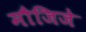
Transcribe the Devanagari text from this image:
मौजिजे